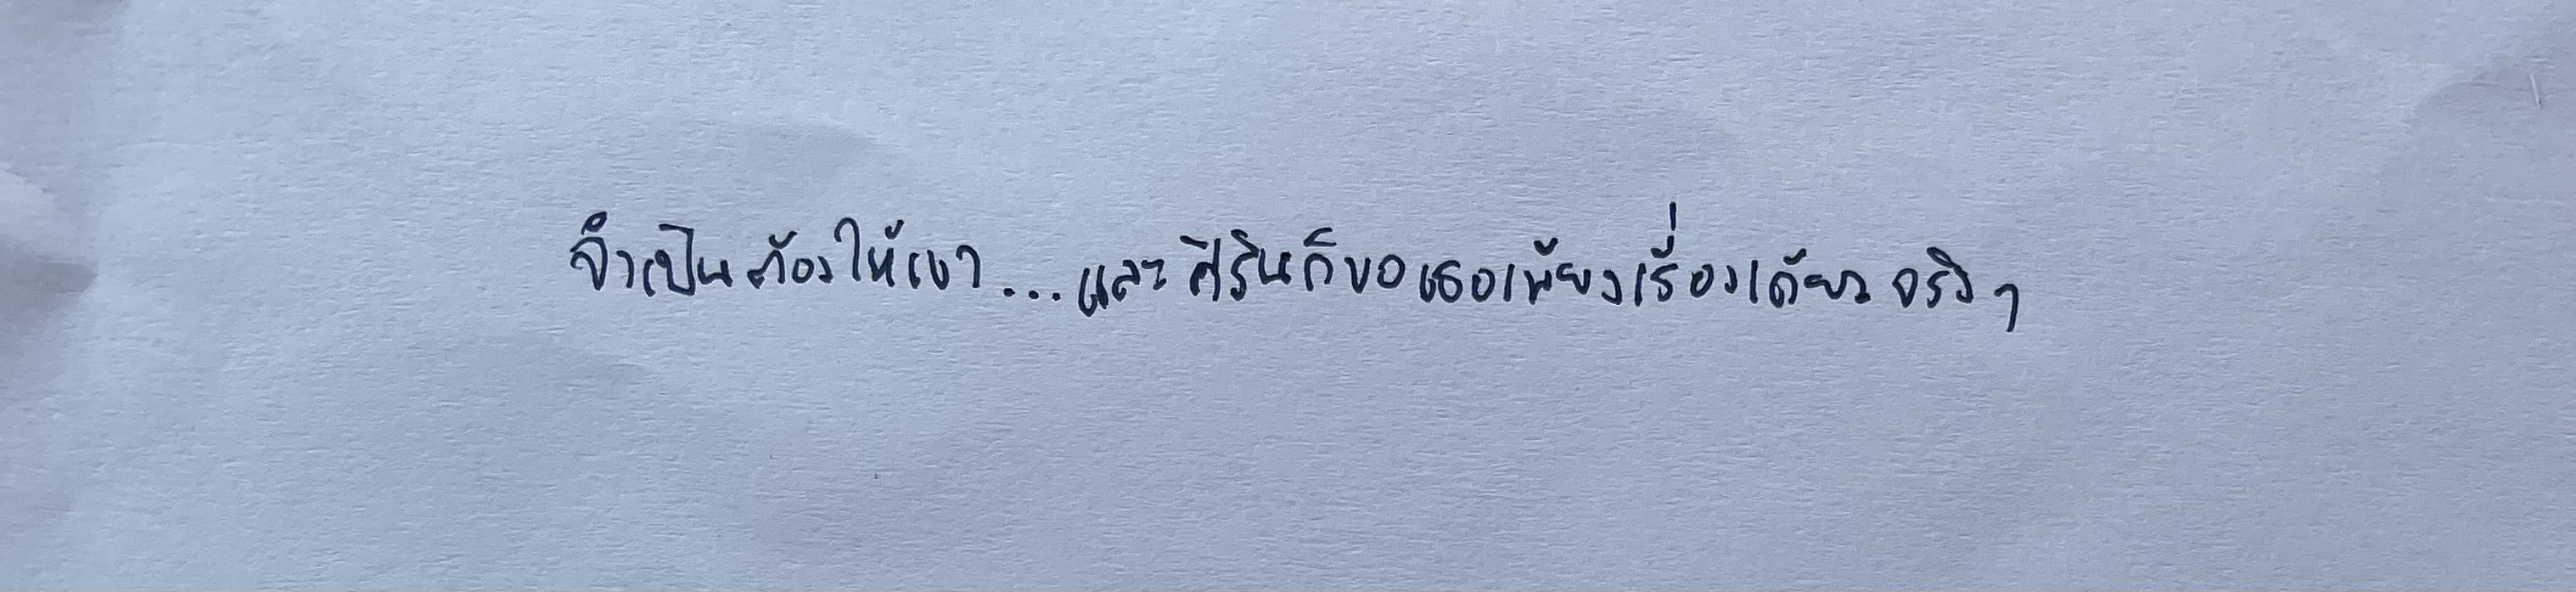
จำเป็นต้องให้เขา...และศิขรินก็ขอเธอเพียงเรื่องเดียวจริงๆ